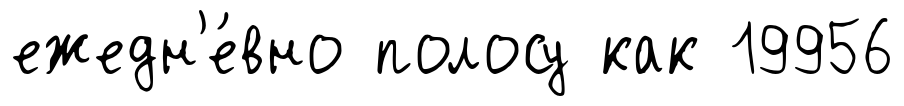
ежедн'е́вно полосу как 19956